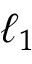
\ell _ { 1 }